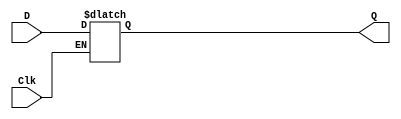
// This program was cloned from: https://github.com/haojunliu/OpenFPGA
// License: BSD 2-Clause "Simplified" License

/* pg 389 - D latch */

module bm_DL_D_latch(D, Clk, Q);
	input D, Clk;
	output Q;
	reg Q;
	
	always @(D or Clk)
		if (Clk)
			Q = D;
endmodule